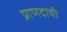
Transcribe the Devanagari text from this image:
प्राणदायी